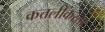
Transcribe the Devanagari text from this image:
कत्तलीकरता